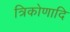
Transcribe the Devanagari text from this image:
त्रिकोणादि